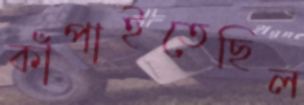
কাঁপাইতেছিল